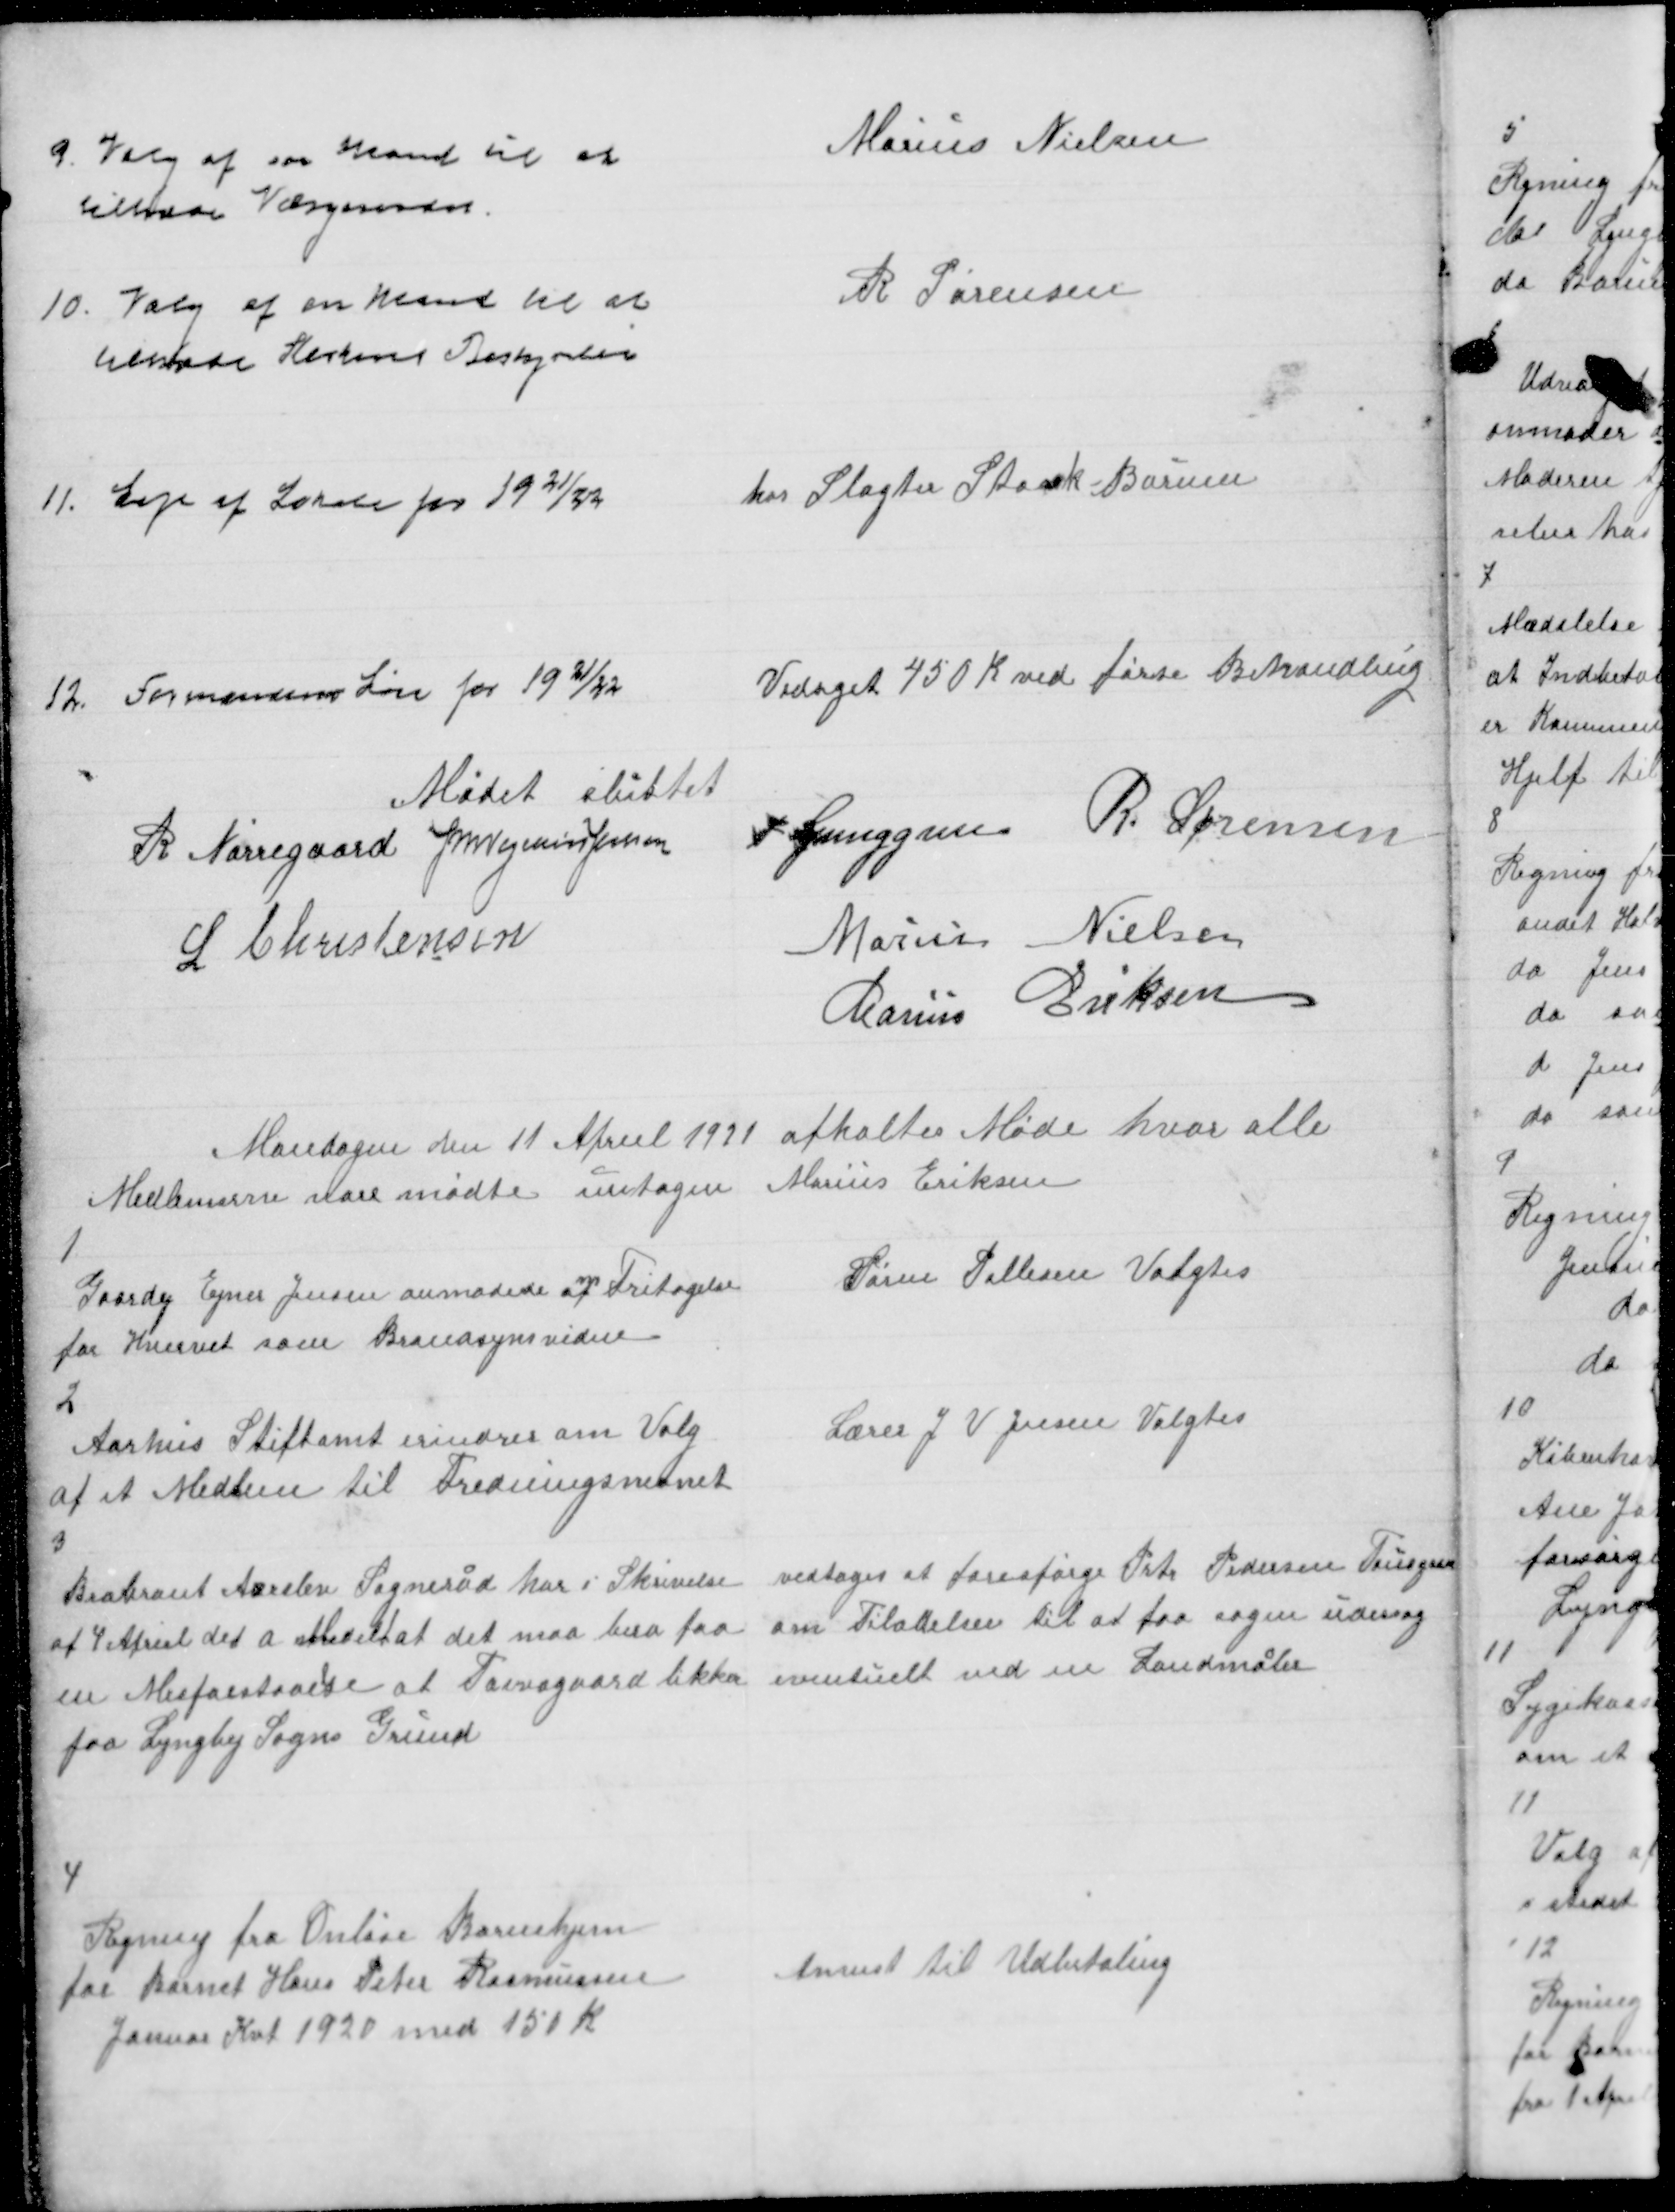
Transskription:
9.

Valg af en Mand til at
tilhøre Værgeraadet

Marius Nielsen

10.

Valg af en Mand til at
tilhøre Kirkens Bestyrelse

R Sørensen

11.

Leje af Lokale for 1921/22

hos Slagter Staack Borum

12.

Formandens Løn for 1921/22

Vedtaget 450 K ved første Behandling

Mødet sluttet
R. Nørregaard J M Vogelius Jensen
P. Ljunggren R. Sørensen
L Christensen
Marius Nielsen
Marius Eriksen

Mandagen den 11 Apreel 1921 afholtes Møde hvor alle
Medlemerne vare mødte untagen Marius Eriksen

1

Gaardej Ejner Jensen anmodede af Fritagelse
for Hvervet som Brandsynsvidne

Søren Pallesen Valgtes

2

Aarhus Stiftamt erindrer om Valg
af et Medlem til Fredningsnevnet

Lærer J V Jensen Valgtes

3

Brabrand Aarslev Sogneraad har i Skrivelse
af 4 Apriel det a Medelt at det maa bero paa
en Misforstaae
l
se at Tovsgaard likker
paa Lyngby Sogns Grund

vedtages at forespørge Peter Pedersen Tousgaard
om Tilladelse til at faa sagen ud
eventuelt med en Landmåler

4

Regning fra Onløse Barnehjem
for Barnet Hans Peter Rasmussen
Januar Kvt 1920 med 150 K

Anvist til Udbetaling